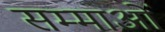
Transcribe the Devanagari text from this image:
सम्माओं